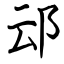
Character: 䢵